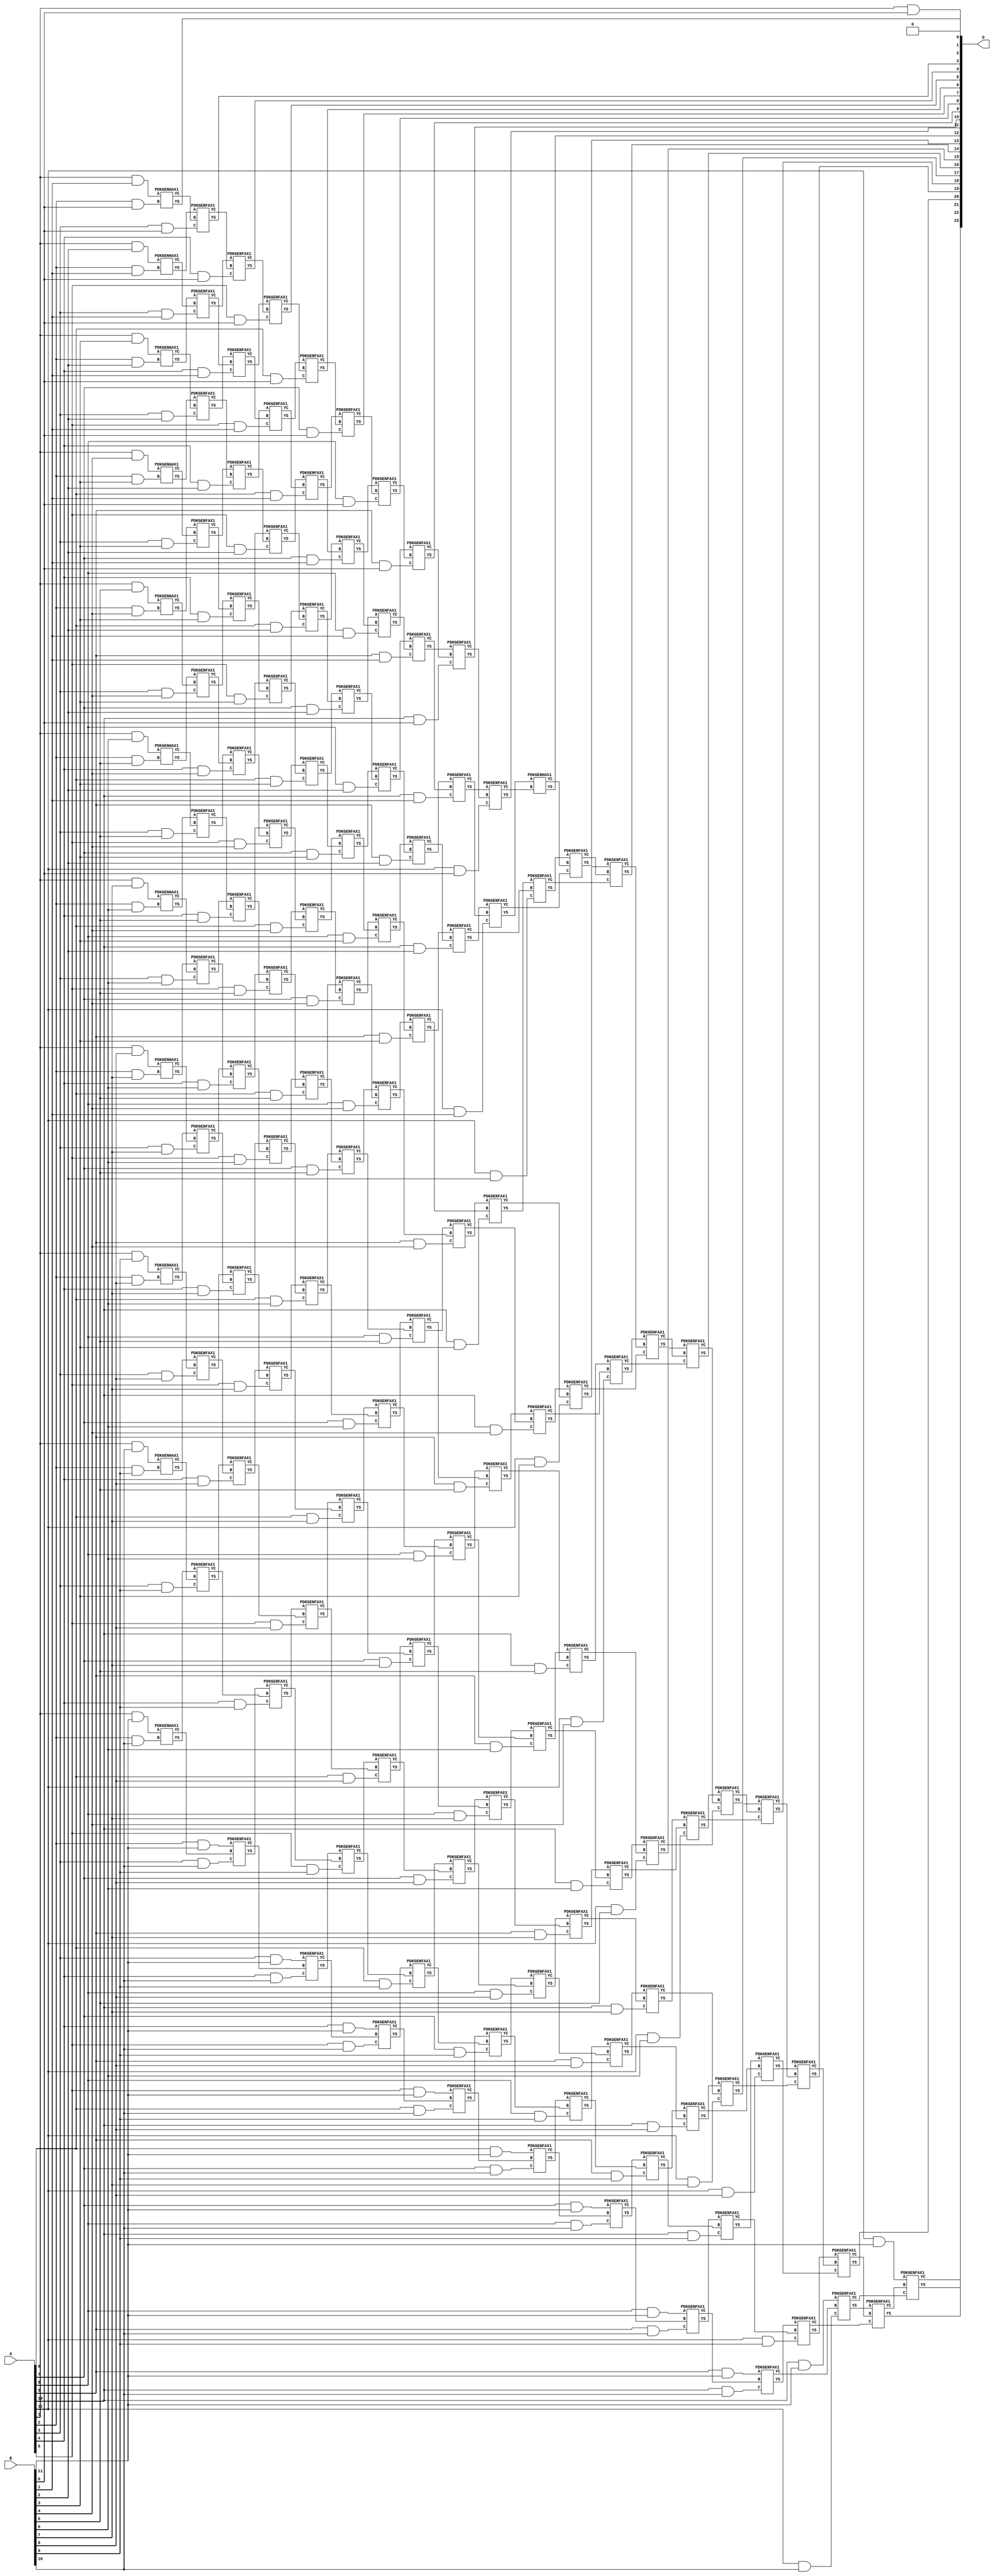
// This program was cloned from: https://github.com/ehw-fit/evoapproxlib
// License: MIT License

/***
* This code is a part of EvoApproxLib library (ehw.fit.vutbr.cz/approxlib) distributed under The MIT License.
* When used, please cite the following article(s): V. Mrazek, Z. Vasicek, L. Sekanina, H. Jiang and J. Han, "Scalable Construction of Approximate Multipliers With Formally Guaranteed Worst Case Error" in IEEE Transactions on Very Large Scale Integration (VLSI) Systems, vol. 26, no. 11, pp. 2572-2576, Nov. 2018. doi: 10.1109/TVLSI.2018.2856362 
* This file contains a circuit from a sub-set of pareto optimal circuits with respect to the pwr and ep parameters
***/
// MAE% = 0.0061 %
// MAE = 1024 
// WCE% = 0.024 %
// WCE = 4095 
// WCRE% = 100.00 %
// EP% = 49.99 %
// MRE% = 0.12 %
// MSE = 27951.787e2 
// PDK45_PWR = 1.039 mW
// PDK45_AREA = 1474.5 um2
// PDK45_DELAY = 2.18 ns


module mul12u_2EQ ( A, B, O );
  input [11:0] A;
  input [11:0] B;
  output [23:0] O;

  wire C_10_0,C_10_1,C_10_10,C_10_2,C_10_3,C_10_4,C_10_5,C_10_6,C_10_7,C_10_8,C_10_9,C_11_0,C_11_1,C_11_10,C_11_2,C_11_3,C_11_4,C_11_5,C_11_6,C_11_7,C_11_8,C_11_9,C_12_0,C_12_1,C_12_10,C_12_2,C_12_3,C_12_4,C_12_5,C_12_6,C_12_7,C_12_8,C_12_9,C_2_0,C_2_1,C_2_10,C_2_2,C_2_3,C_2_4,C_2_5,C_2_6,C_2_7,C_2_8,C_2_9,C_3_0,C_3_1,C_3_10,C_3_2,C_3_3,C_3_4,C_3_5,C_3_6,C_3_7,C_3_8,C_3_9,C_4_0,C_4_1,C_4_10,C_4_2,C_4_3,C_4_4,C_4_5,C_4_6,C_4_7,C_4_8,C_4_9,C_5_0,C_5_1,C_5_10,C_5_2,C_5_3,C_5_4,C_5_5,C_5_6,C_5_7,C_5_8,C_5_9,C_6_0,C_6_1,C_6_10,C_6_2,C_6_3,C_6_4,C_6_5,C_6_6,C_6_7,C_6_8,C_6_9,C_7_0,C_7_1,C_7_10,C_7_2,C_7_3,C_7_4,C_7_5,C_7_6,C_7_7,C_7_8,C_7_9,C_8_0,C_8_1,C_8_10,C_8_2,C_8_3,C_8_4,C_8_5,C_8_6,C_8_7,C_8_8,C_8_9,C_9_0,C_9_1,C_9_10,C_9_2,C_9_3,C_9_4,C_9_5,C_9_6,C_9_7,C_9_8,C_9_9,S_10_0,S_10_1,S_10_10,S_10_11,S_10_2,S_10_3,S_10_4,S_10_5,S_10_6,S_10_7,S_10_8,S_10_9,S_11_0,S_11_1,S_11_10,S_11_11,S_11_2,S_11_3,S_11_4,S_11_5,S_11_6,S_11_7,S_11_8,S_11_9,S_12_0,S_12_1,S_12_10,S_12_11,S_12_2,S_12_3,S_12_4,S_12_5,S_12_6,S_12_7,S_12_8,S_12_9,S_1_0,S_1_1,S_1_10,S_1_11,S_1_2,S_1_3,S_1_4,S_1_5,S_1_6,S_1_7,S_1_8,S_1_9,S_2_0,S_2_1,S_2_10,S_2_11,S_2_2,S_2_3,S_2_4,S_2_5,S_2_6,S_2_7,S_2_8,S_2_9,S_3_0,S_3_1,S_3_10,S_3_11,S_3_2,S_3_3,S_3_4,S_3_5,S_3_6,S_3_7,S_3_8,S_3_9,S_4_0,S_4_1,S_4_10,S_4_11,S_4_2,S_4_3,S_4_4,S_4_5,S_4_6,S_4_7,S_4_8,S_4_9,S_5_0,S_5_1,S_5_10,S_5_11,S_5_2,S_5_3,S_5_4,S_5_5,S_5_6,S_5_7,S_5_8,S_5_9,S_6_0,S_6_1,S_6_10,S_6_11,S_6_2,S_6_3,S_6_4,S_6_5,S_6_6,S_6_7,S_6_8,S_6_9,S_7_0,S_7_1,S_7_10,S_7_11,S_7_2,S_7_3,S_7_4,S_7_5,S_7_6,S_7_7,S_7_8,S_7_9,S_8_0,S_8_1,S_8_10,S_8_11,S_8_2,S_8_3,S_8_4,S_8_5,S_8_6,S_8_7,S_8_8,S_8_9,S_9_0,S_9_1,S_9_10,S_9_11,S_9_2,S_9_3,S_9_4,S_9_5,S_9_6,S_9_7,S_9_8,S_9_9;

  assign S_1_0 = (A[1] & B[0]);
  assign S_1_1 = (A[1] & B[1]);
  assign S_1_2 = (A[1] & B[2]);
  assign S_1_3 = (A[1] & B[3]);
  assign S_1_4 = (A[1] & B[4]);
  assign S_1_5 = (A[1] & B[5]);
  assign S_1_6 = (A[1] & B[6]);
  assign S_1_7 = (A[1] & B[7]);
  assign S_1_8 = (A[1] & B[8]);
  assign S_1_9 = (A[1] & B[9]);
  assign S_1_10 = (A[1] & B[10]);
  assign S_1_11 = (A[1] & B[11]);
  PDKGENHAX1 U18985 (.A(S_1_1), .B((A[2] & B[0])), .YS(S_2_0), .YC(C_2_0));
  PDKGENHAX1 U18986 (.A(S_1_2), .B((A[2] & B[1])), .YS(S_2_1), .YC(C_2_1));
  PDKGENHAX1 U18987 (.A(S_1_3), .B((A[2] & B[2])), .YS(S_2_2), .YC(C_2_2));
  PDKGENHAX1 U18988 (.A(S_1_4), .B((A[2] & B[3])), .YS(S_2_3), .YC(C_2_3));
  PDKGENHAX1 U18989 (.A(S_1_5), .B((A[2] & B[4])), .YS(S_2_4), .YC(C_2_4));
  PDKGENHAX1 U18990 (.A(S_1_6), .B((A[2] & B[5])), .YS(S_2_5), .YC(C_2_5));
  PDKGENHAX1 U18991 (.A(S_1_7), .B((A[2] & B[6])), .YS(S_2_6), .YC(C_2_6));
  PDKGENHAX1 U18992 (.A(S_1_8), .B((A[2] & B[7])), .YS(S_2_7), .YC(C_2_7));
  PDKGENHAX1 U18993 (.A(S_1_9), .B((A[2] & B[8])), .YS(S_2_8), .YC(C_2_8));
  PDKGENHAX1 U18994 (.A(S_1_10), .B((A[2] & B[9])), .YS(S_2_9), .YC(C_2_9));
  PDKGENHAX1 U18995 (.A(S_1_11), .B((A[2] & B[10])), .YS(S_2_10), .YC(C_2_10));
  assign S_2_11 = (A[2] & B[11]);
  PDKGENFAX1 U18997 (.A(S_2_1), .B(C_2_0), .C((A[3] & B[0])), .YS(S_3_0), .YC(C_3_0));
  PDKGENFAX1 U18998 (.A(S_2_2), .B(C_2_1), .C((A[3] & B[1])), .YS(S_3_1), .YC(C_3_1));
  PDKGENFAX1 U18999 (.A(S_2_3), .B(C_2_2), .C((A[3] & B[2])), .YS(S_3_2), .YC(C_3_2));
  PDKGENFAX1 U19000 (.A(S_2_4), .B(C_2_3), .C((A[3] & B[3])), .YS(S_3_3), .YC(C_3_3));
  PDKGENFAX1 U19001 (.A(S_2_5), .B(C_2_4), .C((A[3] & B[4])), .YS(S_3_4), .YC(C_3_4));
  PDKGENFAX1 U19002 (.A(S_2_6), .B(C_2_5), .C((A[3] & B[5])), .YS(S_3_5), .YC(C_3_5));
  PDKGENFAX1 U19003 (.A(S_2_7), .B(C_2_6), .C((A[3] & B[6])), .YS(S_3_6), .YC(C_3_6));
  PDKGENFAX1 U19004 (.A(S_2_8), .B(C_2_7), .C((A[3] & B[7])), .YS(S_3_7), .YC(C_3_7));
  PDKGENFAX1 U19005 (.A(S_2_9), .B(C_2_8), .C((A[3] & B[8])), .YS(S_3_8), .YC(C_3_8));
  PDKGENFAX1 U19006 (.A(S_2_10), .B(C_2_9), .C((A[3] & B[9])), .YS(S_3_9), .YC(C_3_9));
  PDKGENFAX1 U19007 (.A(S_2_11), .B(C_2_10), .C((A[3] & B[10])), .YS(S_3_10), .YC(C_3_10));
  assign S_3_11 = (A[3] & B[11]);
  PDKGENFAX1 U19009 (.A(S_3_1), .B(C_3_0), .C((A[4] & B[0])), .YS(S_4_0), .YC(C_4_0));
  PDKGENFAX1 U19010 (.A(S_3_2), .B(C_3_1), .C((A[4] & B[1])), .YS(S_4_1), .YC(C_4_1));
  PDKGENFAX1 U19011 (.A(S_3_3), .B(C_3_2), .C((A[4] & B[2])), .YS(S_4_2), .YC(C_4_2));
  PDKGENFAX1 U19012 (.A(S_3_4), .B(C_3_3), .C((A[4] & B[3])), .YS(S_4_3), .YC(C_4_3));
  PDKGENFAX1 U19013 (.A(S_3_5), .B(C_3_4), .C((A[4] & B[4])), .YS(S_4_4), .YC(C_4_4));
  PDKGENFAX1 U19014 (.A(S_3_6), .B(C_3_5), .C((A[4] & B[5])), .YS(S_4_5), .YC(C_4_5));
  PDKGENFAX1 U19015 (.A(S_3_7), .B(C_3_6), .C((A[4] & B[6])), .YS(S_4_6), .YC(C_4_6));
  PDKGENFAX1 U19016 (.A(S_3_8), .B(C_3_7), .C((A[4] & B[7])), .YS(S_4_7), .YC(C_4_7));
  PDKGENFAX1 U19017 (.A(S_3_9), .B(C_3_8), .C((A[4] & B[8])), .YS(S_4_8), .YC(C_4_8));
  PDKGENFAX1 U19018 (.A(S_3_10), .B(C_3_9), .C((A[4] & B[9])), .YS(S_4_9), .YC(C_4_9));
  PDKGENFAX1 U19019 (.A(S_3_11), .B(C_3_10), .C((A[4] & B[10])), .YS(S_4_10), .YC(C_4_10));
  assign S_4_11 = (A[4] & B[11]);
  PDKGENFAX1 U19021 (.A(S_4_1), .B(C_4_0), .C((A[5] & B[0])), .YS(S_5_0), .YC(C_5_0));
  PDKGENFAX1 U19022 (.A(S_4_2), .B(C_4_1), .C((A[5] & B[1])), .YS(S_5_1), .YC(C_5_1));
  PDKGENFAX1 U19023 (.A(S_4_3), .B(C_4_2), .C((A[5] & B[2])), .YS(S_5_2), .YC(C_5_2));
  PDKGENFAX1 U19024 (.A(S_4_4), .B(C_4_3), .C((A[5] & B[3])), .YS(S_5_3), .YC(C_5_3));
  PDKGENFAX1 U19025 (.A(S_4_5), .B(C_4_4), .C((A[5] & B[4])), .YS(S_5_4), .YC(C_5_4));
  PDKGENFAX1 U19026 (.A(S_4_6), .B(C_4_5), .C((A[5] & B[5])), .YS(S_5_5), .YC(C_5_5));
  PDKGENFAX1 U19027 (.A(S_4_7), .B(C_4_6), .C((A[5] & B[6])), .YS(S_5_6), .YC(C_5_6));
  PDKGENFAX1 U19028 (.A(S_4_8), .B(C_4_7), .C((A[5] & B[7])), .YS(S_5_7), .YC(C_5_7));
  PDKGENFAX1 U19029 (.A(S_4_9), .B(C_4_8), .C((A[5] & B[8])), .YS(S_5_8), .YC(C_5_8));
  PDKGENFAX1 U19030 (.A(S_4_10), .B(C_4_9), .C((A[5] & B[9])), .YS(S_5_9), .YC(C_5_9));
  PDKGENFAX1 U19031 (.A(S_4_11), .B(C_4_10), .C((A[5] & B[10])), .YS(S_5_10), .YC(C_5_10));
  assign S_5_11 = (A[5] & B[11]);
  PDKGENFAX1 U19033 (.A(S_5_1), .B(C_5_0), .C((A[6] & B[0])), .YS(S_6_0), .YC(C_6_0));
  PDKGENFAX1 U19034 (.A(S_5_2), .B(C_5_1), .C((A[6] & B[1])), .YS(S_6_1), .YC(C_6_1));
  PDKGENFAX1 U19035 (.A(S_5_3), .B(C_5_2), .C((A[6] & B[2])), .YS(S_6_2), .YC(C_6_2));
  PDKGENFAX1 U19036 (.A(S_5_4), .B(C_5_3), .C((A[6] & B[3])), .YS(S_6_3), .YC(C_6_3));
  PDKGENFAX1 U19037 (.A(S_5_5), .B(C_5_4), .C((A[6] & B[4])), .YS(S_6_4), .YC(C_6_4));
  PDKGENFAX1 U19038 (.A(S_5_6), .B(C_5_5), .C((A[6] & B[5])), .YS(S_6_5), .YC(C_6_5));
  PDKGENFAX1 U19039 (.A(S_5_7), .B(C_5_6), .C((A[6] & B[6])), .YS(S_6_6), .YC(C_6_6));
  PDKGENFAX1 U19040 (.A(S_5_8), .B(C_5_7), .C((A[6] & B[7])), .YS(S_6_7), .YC(C_6_7));
  PDKGENFAX1 U19041 (.A(S_5_9), .B(C_5_8), .C((A[6] & B[8])), .YS(S_6_8), .YC(C_6_8));
  PDKGENFAX1 U19042 (.A(S_5_10), .B(C_5_9), .C((A[6] & B[9])), .YS(S_6_9), .YC(C_6_9));
  PDKGENFAX1 U19043 (.A(S_5_11), .B(C_5_10), .C((A[6] & B[10])), .YS(S_6_10), .YC(C_6_10));
  assign S_6_11 = (A[6] & B[11]);
  PDKGENFAX1 U19045 (.A(S_6_1), .B(C_6_0), .C((A[7] & B[0])), .YS(S_7_0), .YC(C_7_0));
  PDKGENFAX1 U19046 (.A(S_6_2), .B(C_6_1), .C((A[7] & B[1])), .YS(S_7_1), .YC(C_7_1));
  PDKGENFAX1 U19047 (.A(S_6_3), .B(C_6_2), .C((A[7] & B[2])), .YS(S_7_2), .YC(C_7_2));
  PDKGENFAX1 U19048 (.A(S_6_4), .B(C_6_3), .C((A[7] & B[3])), .YS(S_7_3), .YC(C_7_3));
  PDKGENFAX1 U19049 (.A(S_6_5), .B(C_6_4), .C((A[7] & B[4])), .YS(S_7_4), .YC(C_7_4));
  PDKGENFAX1 U19050 (.A(S_6_6), .B(C_6_5), .C((A[7] & B[5])), .YS(S_7_5), .YC(C_7_5));
  PDKGENFAX1 U19051 (.A(S_6_7), .B(C_6_6), .C((A[7] & B[6])), .YS(S_7_6), .YC(C_7_6));
  PDKGENFAX1 U19052 (.A(S_6_8), .B(C_6_7), .C((A[7] & B[7])), .YS(S_7_7), .YC(C_7_7));
  PDKGENFAX1 U19053 (.A(S_6_9), .B(C_6_8), .C((A[7] & B[8])), .YS(S_7_8), .YC(C_7_8));
  PDKGENFAX1 U19054 (.A(S_6_10), .B(C_6_9), .C((A[7] & B[9])), .YS(S_7_9), .YC(C_7_9));
  PDKGENFAX1 U19055 (.A(S_6_11), .B(C_6_10), .C((A[7] & B[10])), .YS(S_7_10), .YC(C_7_10));
  assign S_7_11 = (A[7] & B[11]);
  PDKGENFAX1 U19057 (.A(S_7_1), .B(C_7_0), .C((A[8] & B[0])), .YS(S_8_0), .YC(C_8_0));
  PDKGENFAX1 U19058 (.A(S_7_2), .B(C_7_1), .C((A[8] & B[1])), .YS(S_8_1), .YC(C_8_1));
  PDKGENFAX1 U19059 (.A(S_7_3), .B(C_7_2), .C((A[8] & B[2])), .YS(S_8_2), .YC(C_8_2));
  PDKGENFAX1 U19060 (.A(S_7_4), .B(C_7_3), .C((A[8] & B[3])), .YS(S_8_3), .YC(C_8_3));
  PDKGENFAX1 U19061 (.A(S_7_5), .B(C_7_4), .C((A[8] & B[4])), .YS(S_8_4), .YC(C_8_4));
  PDKGENFAX1 U19062 (.A(S_7_6), .B(C_7_5), .C((A[8] & B[5])), .YS(S_8_5), .YC(C_8_5));
  PDKGENFAX1 U19063 (.A(S_7_7), .B(C_7_6), .C((A[8] & B[6])), .YS(S_8_6), .YC(C_8_6));
  PDKGENFAX1 U19064 (.A(S_7_8), .B(C_7_7), .C((A[8] & B[7])), .YS(S_8_7), .YC(C_8_7));
  PDKGENFAX1 U19065 (.A(S_7_9), .B(C_7_8), .C((A[8] & B[8])), .YS(S_8_8), .YC(C_8_8));
  PDKGENFAX1 U19066 (.A(S_7_10), .B(C_7_9), .C((A[8] & B[9])), .YS(S_8_9), .YC(C_8_9));
  PDKGENFAX1 U19067 (.A(S_7_11), .B(C_7_10), .C((A[8] & B[10])), .YS(S_8_10), .YC(C_8_10));
  assign S_8_11 = (A[8] & B[11]);
  PDKGENFAX1 U19069 (.A(S_8_1), .B(C_8_0), .C((A[9] & B[0])), .YS(S_9_0), .YC(C_9_0));
  PDKGENFAX1 U19070 (.A(S_8_2), .B(C_8_1), .C((A[9] & B[1])), .YS(S_9_1), .YC(C_9_1));
  PDKGENFAX1 U19071 (.A(S_8_3), .B(C_8_2), .C((A[9] & B[2])), .YS(S_9_2), .YC(C_9_2));
  PDKGENFAX1 U19072 (.A(S_8_4), .B(C_8_3), .C((A[9] & B[3])), .YS(S_9_3), .YC(C_9_3));
  PDKGENFAX1 U19073 (.A(S_8_5), .B(C_8_4), .C((A[9] & B[4])), .YS(S_9_4), .YC(C_9_4));
  PDKGENFAX1 U19074 (.A(S_8_6), .B(C_8_5), .C((A[9] & B[5])), .YS(S_9_5), .YC(C_9_5));
  PDKGENFAX1 U19075 (.A(S_8_7), .B(C_8_6), .C((A[9] & B[6])), .YS(S_9_6), .YC(C_9_6));
  PDKGENFAX1 U19076 (.A(S_8_8), .B(C_8_7), .C((A[9] & B[7])), .YS(S_9_7), .YC(C_9_7));
  PDKGENFAX1 U19077 (.A(S_8_9), .B(C_8_8), .C((A[9] & B[8])), .YS(S_9_8), .YC(C_9_8));
  PDKGENFAX1 U19078 (.A(S_8_10), .B(C_8_9), .C((A[9] & B[9])), .YS(S_9_9), .YC(C_9_9));
  PDKGENFAX1 U19079 (.A(S_8_11), .B(C_8_10), .C((A[9] & B[10])), .YS(S_9_10), .YC(C_9_10));
  assign S_9_11 = (A[9] & B[11]);
  PDKGENFAX1 U19081 (.A(S_9_1), .B(C_9_0), .C((A[10] & B[0])), .YS(S_10_0), .YC(C_10_0));
  PDKGENFAX1 U19082 (.A(S_9_2), .B(C_9_1), .C((A[10] & B[1])), .YS(S_10_1), .YC(C_10_1));
  PDKGENFAX1 U19083 (.A(S_9_3), .B(C_9_2), .C((A[10] & B[2])), .YS(S_10_2), .YC(C_10_2));
  PDKGENFAX1 U19084 (.A(S_9_4), .B(C_9_3), .C((A[10] & B[3])), .YS(S_10_3), .YC(C_10_3));
  PDKGENFAX1 U19085 (.A(S_9_5), .B(C_9_4), .C((A[10] & B[4])), .YS(S_10_4), .YC(C_10_4));
  PDKGENFAX1 U19086 (.A(S_9_6), .B(C_9_5), .C((A[10] & B[5])), .YS(S_10_5), .YC(C_10_5));
  PDKGENFAX1 U19087 (.A(S_9_7), .B(C_9_6), .C((A[10] & B[6])), .YS(S_10_6), .YC(C_10_6));
  PDKGENFAX1 U19088 (.A(S_9_8), .B(C_9_7), .C((A[10] & B[7])), .YS(S_10_7), .YC(C_10_7));
  PDKGENFAX1 U19089 (.A(S_9_9), .B(C_9_8), .C((A[10] & B[8])), .YS(S_10_8), .YC(C_10_8));
  PDKGENFAX1 U19090 (.A(S_9_10), .B(C_9_9), .C((A[10] & B[9])), .YS(S_10_9), .YC(C_10_9));
  PDKGENFAX1 U19091 (.A(S_9_11), .B(C_9_10), .C((A[10] & B[10])), .YS(S_10_10), .YC(C_10_10));
  assign S_10_11 = (A[10] & B[11]);
  PDKGENFAX1 U19093 (.A(S_10_1), .B(C_10_0), .C((A[11] & B[0])), .YS(S_11_0), .YC(C_11_0));
  PDKGENFAX1 U19094 (.A(S_10_2), .B(C_10_1), .C((A[11] & B[1])), .YS(S_11_1), .YC(C_11_1));
  PDKGENFAX1 U19095 (.A(S_10_3), .B(C_10_2), .C((A[11] & B[2])), .YS(S_11_2), .YC(C_11_2));
  PDKGENFAX1 U19096 (.A(S_10_4), .B(C_10_3), .C((A[11] & B[3])), .YS(S_11_3), .YC(C_11_3));
  PDKGENFAX1 U19097 (.A(S_10_5), .B(C_10_4), .C((A[11] & B[4])), .YS(S_11_4), .YC(C_11_4));
  PDKGENFAX1 U19098 (.A(S_10_6), .B(C_10_5), .C((A[11] & B[5])), .YS(S_11_5), .YC(C_11_5));
  PDKGENFAX1 U19099 (.A(S_10_7), .B(C_10_6), .C((A[11] & B[6])), .YS(S_11_6), .YC(C_11_6));
  PDKGENFAX1 U19100 (.A(S_10_8), .B(C_10_7), .C((A[11] & B[7])), .YS(S_11_7), .YC(C_11_7));
  PDKGENFAX1 U19101 (.A(S_10_9), .B(C_10_8), .C((A[11] & B[8])), .YS(S_11_8), .YC(C_11_8));
  PDKGENFAX1 U19102 (.A(S_10_10), .B(C_10_9), .C((A[11] & B[9])), .YS(S_11_9), .YC(C_11_9));
  PDKGENFAX1 U19103 (.A(S_10_11), .B(C_10_10), .C((A[11] & B[10])), .YS(S_11_10), .YC(C_11_10));
  assign S_11_11 = (A[11] & B[11]);
  PDKGENHAX1 U19105 (.A(S_11_1), .B(C_11_0), .YS(S_12_0), .YC(C_12_0));
  PDKGENFAX1 U19106 (.A(S_11_2), .B(C_12_0), .C(C_11_1), .YS(S_12_1), .YC(C_12_1));
  PDKGENFAX1 U19107 (.A(S_11_3), .B(C_12_1), .C(C_11_2), .YS(S_12_2), .YC(C_12_2));
  PDKGENFAX1 U19108 (.A(S_11_4), .B(C_12_2), .C(C_11_3), .YS(S_12_3), .YC(C_12_3));
  PDKGENFAX1 U19109 (.A(S_11_5), .B(C_12_3), .C(C_11_4), .YS(S_12_4), .YC(C_12_4));
  PDKGENFAX1 U19110 (.A(S_11_6), .B(C_12_4), .C(C_11_5), .YS(S_12_5), .YC(C_12_5));
  PDKGENFAX1 U19111 (.A(S_11_7), .B(C_12_5), .C(C_11_6), .YS(S_12_6), .YC(C_12_6));
  PDKGENFAX1 U19112 (.A(S_11_8), .B(C_12_6), .C(C_11_7), .YS(S_12_7), .YC(C_12_7));
  PDKGENFAX1 U19113 (.A(S_11_9), .B(C_12_7), .C(C_11_8), .YS(S_12_8), .YC(C_12_8));
  PDKGENFAX1 U19114 (.A(S_11_10), .B(C_12_8), .C(C_11_9), .YS(S_12_9), .YC(C_12_9));
  PDKGENFAX1 U19115 (.A(S_11_11), .B(C_12_9), .C(C_11_10), .YS(S_12_10), .YC(C_12_10));
  assign S_12_11 = C_12_10;
  assign O = {S_12_11,S_12_10,S_12_9,S_12_8,S_12_7,S_12_6,S_12_5,S_12_4,S_12_3,S_12_2,S_12_1,S_12_0,S_11_0,S_10_0,S_9_0,S_8_0,S_7_0,S_6_0,S_5_0,S_4_0,S_3_0,S_2_0,S_1_0,1'b0};

endmodule

/* mod */
module PDKGENHAX1( input A, input B, output YS, output YC );
    assign YS = A ^ B;
    assign YC = A & B;
endmodule
/* mod */
module PDKGENFAX1( input A, input B, input C, output YS, output YC );
    assign YS = (A ^ B) ^ C;
    assign YC = (A & B) | (B & C) | (A & C);
endmodule